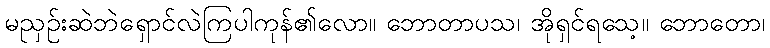
မညှဉ်းဆဲဘဲရှောင်လဲကြပါကုန်၏လော။ ဘောတာပသ၊ အိုရှင်ရသေ့။ ဘောတော၊